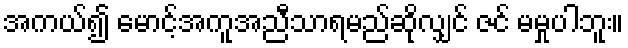
အကယ်၍ မောင့်အကူအညီသာရမည်ဆိုလျှင် ဇင် မမှုပါဘူး။